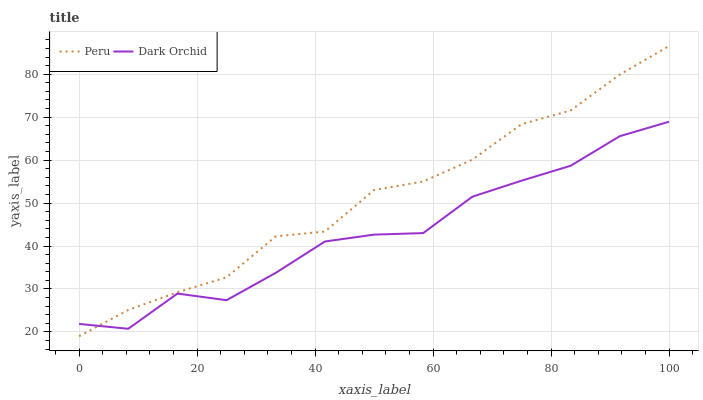
| xaxis_label | Peru | Dark Orchid |
 | --- | --- | --- |
 | 0 | 19 | 21.9 |
 | 8.33 | 25.1 | 20.7 |
 | 16.7 | 29.2 | 28.9 |
 | 25 | 32.7 | 27.4 |
 | 33.3 | 42.2 | 33.8 |
 | 41.7 | 43.4 | 41.1 |
 | 50 | 53 | 42.7 |
 | 58.3 | 55 | 43 |
 | 66.7 | 60.1 | 51.5 |
 | 75 | 68.4 | 55.2 |
 | 83.3 | 71.6 | 58.7 |
 | 91.7 | 79.9 | 65.6 |
 | 100 | 86.6 | 68.9 |